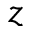
z